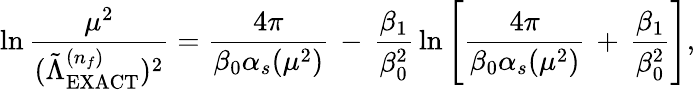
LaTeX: \ln\frac{\mu^{2}}{(\tilde{\Lambda}_{\mathrm{EXACT}}^{(n_{f})})^{2}}=\frac{4\pi}{\beta_{0}\alpha_{s}(\mu^{2})}\, -\, \frac{\beta_{1}}{\beta_{0}^{2}}\, \ln\left[\frac{4\pi}{\beta_{0}\alpha_{s}(\mu^{2})}\, +\, \frac{\beta_{1}}{\beta_{0}^{2}}\right],